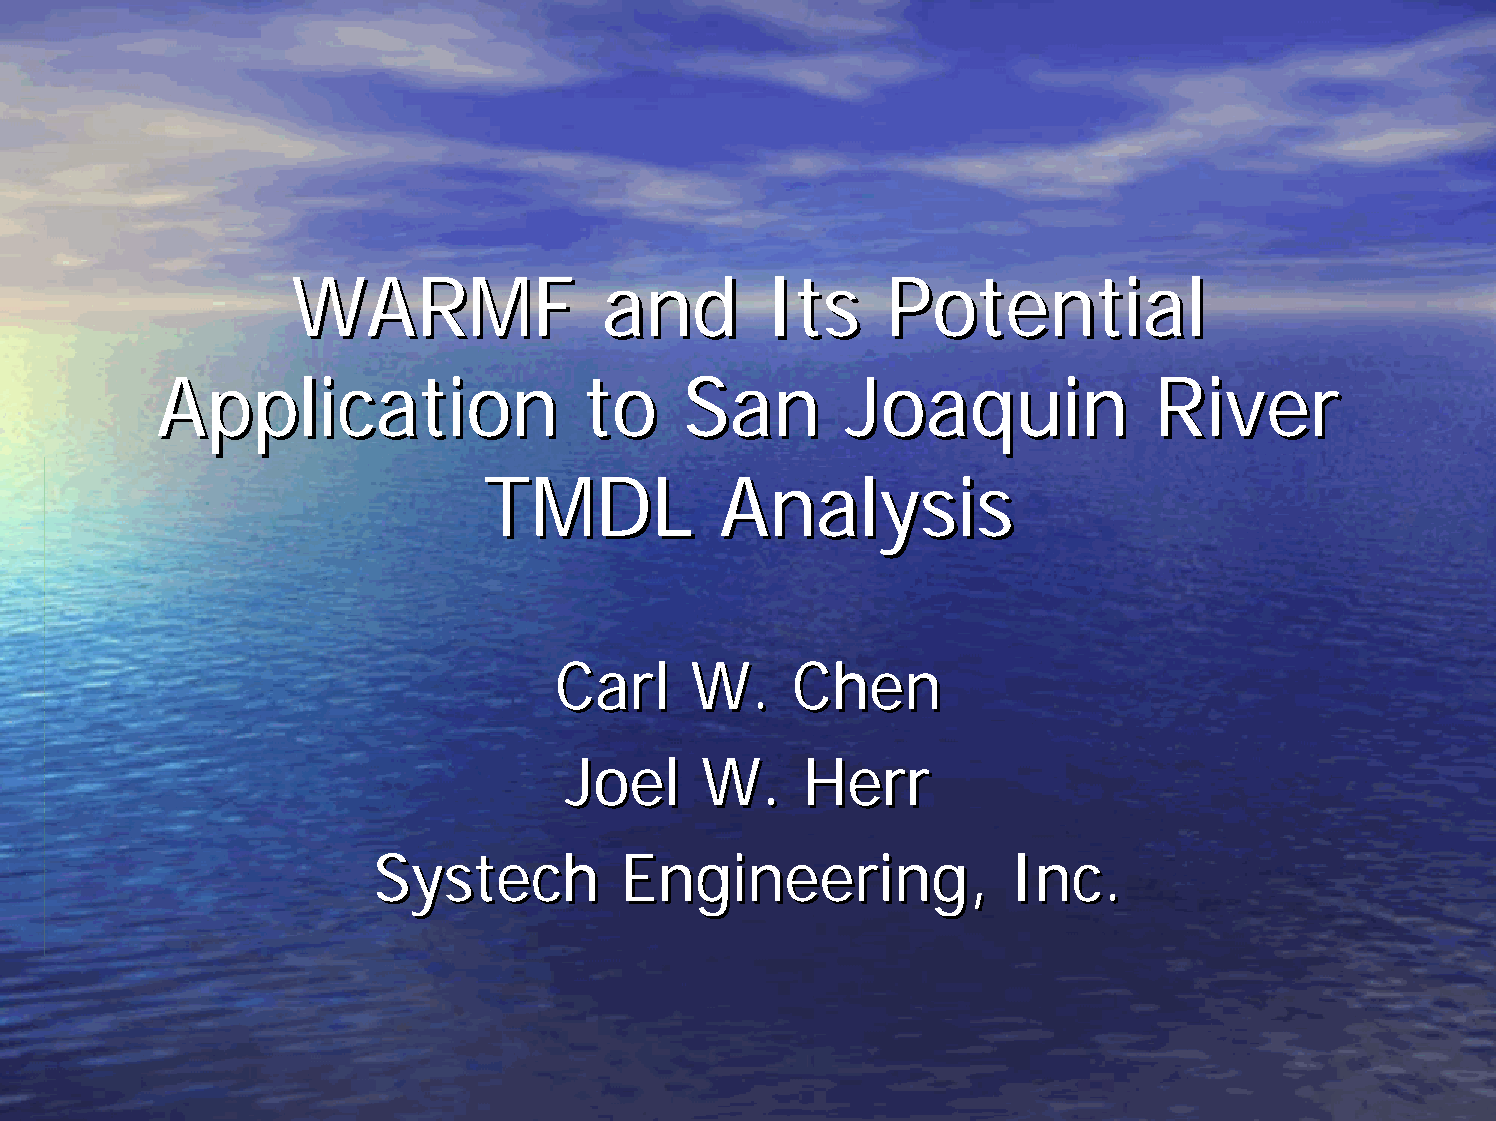
WWAARRMMFF           aanndd     IIttss  PPootteennttiiaall
 AApppplliiccaattiioonn       ttoo  SSaann     JJooaaqquuiinn      RRiivveerr
 TTMMDDLL        AAnnaallyyssiiss
 CCaarrll WW..   CChheenn
 JJooeell WW..  HHeerrrr
 SSyysstteecchh  EEnnggiinneeeerriinngg,,  IInncc..